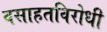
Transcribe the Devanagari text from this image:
वसाहतविरोधी